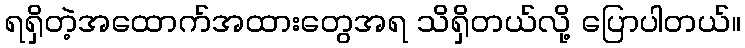
ရရှိတဲ့အထောက်အထားတွေအရ သိရှိတယ်လို့ ပြောပါတယ်။